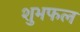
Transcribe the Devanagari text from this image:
शुभफल